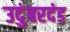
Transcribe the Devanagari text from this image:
उदुंबरदंड